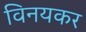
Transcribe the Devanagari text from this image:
विनयकर